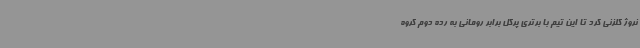
نروژ گلزنی کرد تا این تیم با برتری پرگل برابر رومانی به رده دوم گروه